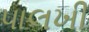
પાલખી